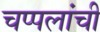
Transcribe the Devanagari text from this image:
चप्पलांची